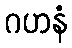
ဂဟနံ